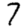
Digit: 7